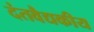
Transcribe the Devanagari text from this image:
दंतवैद्यकीय